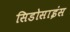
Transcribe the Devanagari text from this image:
सिडोसाइंस